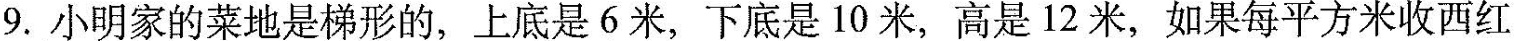
9.小明家的菜地是梯形的，上底是6米，下底是10米，高是12米，如果每平方米收西红